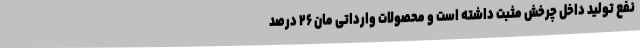
نفع تولید داخل چرخش مثبت داشته است و محصولات وارداتی‌ مان ۲۶ درصد